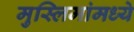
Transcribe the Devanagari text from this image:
मुस्लिमांमध्ये